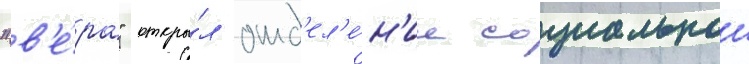
"в'е́ра" откры́л отд'ел'е́н'ие социальнои